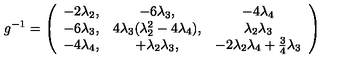
g ^ { - 1 } = \left( \begin{array} { c c c } { - 2 \lambda _ { 2 } , } & { - 6 \lambda _ { 3 } , } & { - 4 \lambda _ { 4 } } \\ { - 6 \lambda _ { 3 } , } & { 4 \lambda _ { 3 } ( \lambda _ { 2 } ^ { 2 } - 4 \lambda _ { 4 } ) , } & { \lambda _ { 2 } \lambda _ { 3 } } \\ { - 4 \lambda _ { 4 } , } & { + \lambda _ { 2 } \lambda _ { 3 } , } & { - 2 \lambda _ { 2 } \lambda _ { 4 } + \frac 3 4 \lambda _ { 3 } } \\ \end{array} \right)